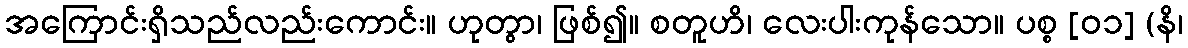
အကြောင်းရှိသည်လည်းကောင်း။ ဟုတွာ၊ ဖြစ်၍။ စတူဟိ၊ လေးပါးကုန်သော။ ပစ္စ [၀၁] (နိ၊